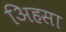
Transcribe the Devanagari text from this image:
अिहसा